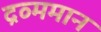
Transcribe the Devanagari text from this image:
द्रव्ममान